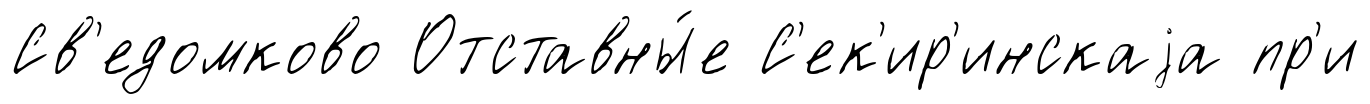
Св'едомково Отставны́е С'ек'ир'инскаjа пр'и